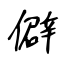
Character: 僻